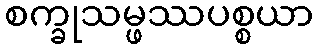
စက္ခုသမ္ဖဿပစ္စယာ